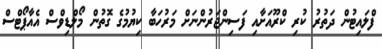
ފްލައިޓުން ދަތުރު ކުރި ކްރޫއަށާއި ފަސިންޖަރުންނަށް މަރުހަބާ ކިޔުމުގެ ގޮތުން މޯލްޑިވްސް އެއާޕޯޓްސް